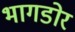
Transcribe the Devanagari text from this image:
भागडोर